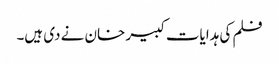
فلم کی ہدایات کبیر خان نے دی ہیں۔